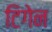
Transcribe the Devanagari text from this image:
टिगेन